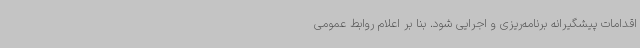
اقدامات پیشگیرانه برنامه‌ریزی و اجرایی شود. بنا بر اعلام روابط عمومی